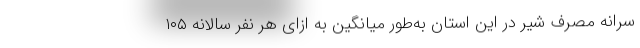
سرانه مصرف شیر در این استان به‌طور میانگین به ازای هر نفر سالانه ۱۰۵